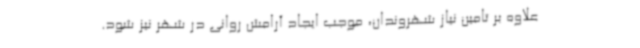
علاوه بر تامین نیاز شهروندان، موجب ایجاد آرامش روانی در شهر نیز شود.